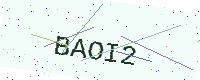
Text: BAOI2